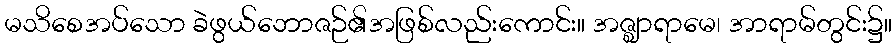
မသိစေအပ်သော ခဲဖွယ်ဘောဇဉ်၏အဖြစ်လည်းကောင်း။ အဇ္ဈာရာမေ၊ အာရာမ်တွင်း၌။